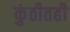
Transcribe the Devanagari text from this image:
कुंठीतही